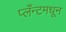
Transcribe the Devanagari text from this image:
प्लँन्टमधून